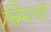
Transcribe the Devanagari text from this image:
चिन्त्य